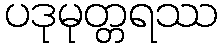
ပဒုမုတ္တရဿ